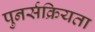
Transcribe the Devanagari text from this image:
पुनर्सक्रियता